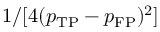
1 / [ 4 ( p _ { \mathrm { T P } } - p _ { \mathrm { F P } } ) ^ { 2 } ]